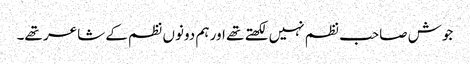
جوش صاحب نظم نہیں لکھتے تھے اور ہم دونوں نظم کے شاعر تھے۔